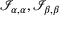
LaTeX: { \mathcal { I } } _ { \alpha , \alpha } , { \mathcal { I } } _ { \beta , \beta }